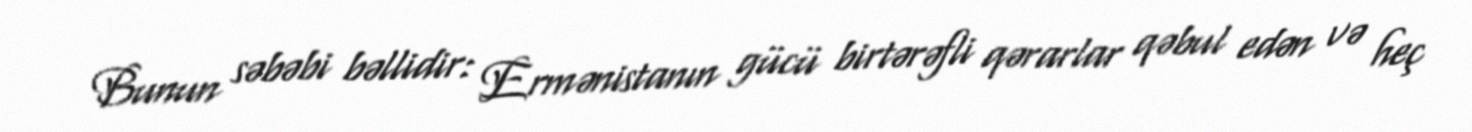
Bunun səbəbi bəllidir: Ermənistanın gücü birtərəfli qərarlar qəbul edən və heç